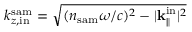
k _ { z , \mathrm { i n } } ^ { \mathrm { s a m } } = \sqrt { ( n _ { \mathrm { s a m } } \omega / c ) ^ { 2 } - | { \bf k } _ { \parallel } ^ { \mathrm { i n } } | ^ { 2 } }